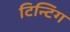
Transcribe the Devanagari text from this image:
टिन्टिंग